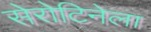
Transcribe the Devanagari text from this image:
सेरोटिनेला